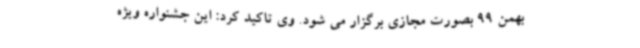
بهمن 99 بصورت مجازی برگزار می شود. وی تاکید کرد: این جشنواره ویژه